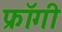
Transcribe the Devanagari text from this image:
फ्रॉगी